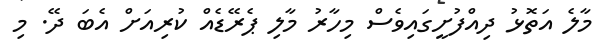
މާލެ އަތޮޅު ދިއްފުށީގައިވެސް މިހާރު މާލި ޕެރޭޑެއް ކުރިއަށް އެބަ ދޭ. މި